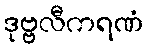
ဒုဗ္ဗလီကရဏံ